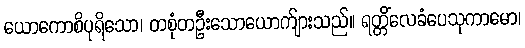
ယောကောစိပုရိသော၊ တစုံတဦးသောယောက်ျားသည်။ ရတ္တိံလေခံပေသုကာမော၊